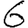
Digit: 6